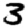
Digit: 3